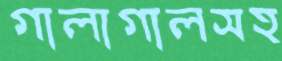
গালাগালসহ